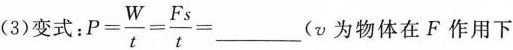
(3)变式：$$P= \frac { W } { t } = \frac { F s } { t } = ___$$(v为物体在F作用下